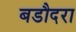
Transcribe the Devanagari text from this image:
बडौदरा